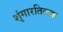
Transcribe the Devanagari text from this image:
शृंगारतिलक